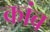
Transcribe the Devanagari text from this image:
कांब